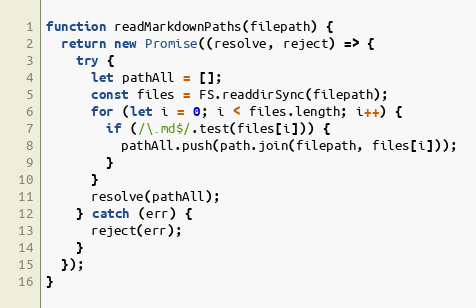
Language: JavaScript
function readMarkdownPaths(filepath) {
  return new Promise((resolve, reject) => {
    try {
      let pathAll = [];
      const files = FS.readdirSync(filepath);
      for (let i = 0; i < files.length; i++) {
        if (/\.md$/.test(files[i])) {
          pathAll.push(path.join(filepath, files[i]));
        }
      }
      resolve(pathAll);
    } catch (err) {
      reject(err);
    }
  });
}